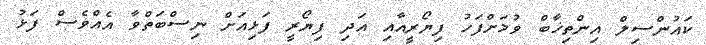
ކައުންސިލް އިންތިޚާބް ވުމަށްފަހު ފިޔޯރީއާއި އަދި ފިޔޯރީ ފަޅިއަށް ނިސްބަތްވާ އެއްވެސް ފަޅު